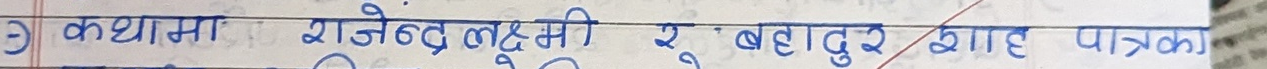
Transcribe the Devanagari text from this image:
३ कथामा राजेन्द्र लक्ष्मी रु बहादुर शाह पात्रका